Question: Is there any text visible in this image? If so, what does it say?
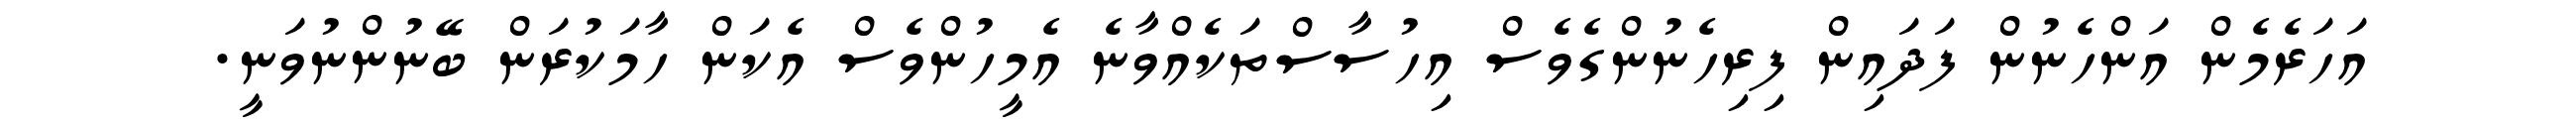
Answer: އަހަރެމެން އަންހެނުން ފަދައިން ފިރިހެނުންގެވެސް އިހުސާސްތަކެއްވާނެ އެމީހުންވެސް އެކަން ހާމަކުރަން ބޭނުންނުވަނީ.